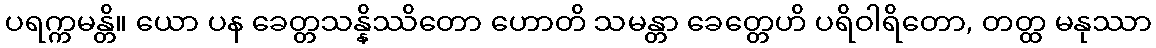
ပရက္ကမန္တိ။ ယော ပန ခေတ္တသန္နိဿိတော ဟောတိ သမန္တာ ခေတ္တေဟိ ပရိဝါရိတော, တတ္ထ မနုဿာ